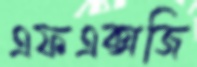
এফএক্সজি